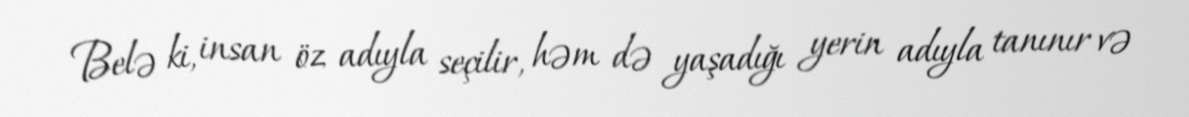
Belə ki, insan öz adıyla seçilir, həm də yaşadığı yerin adıyla tanınır və